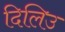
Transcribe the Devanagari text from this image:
दिलिउ